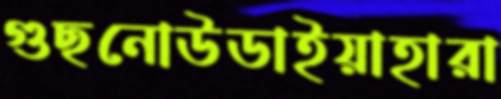
গুছনোউডাইয়াহারা